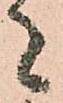
者